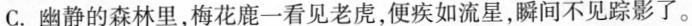
C. 幽静的森林里，梅花鹿一看见老虎，便疾如流星，瞬间不见踪影了。